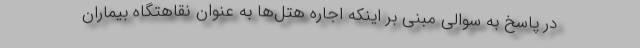
در پاسخ به سوالی مبنی بر اینکه اجاره هتل‌ها به عنوان نقاهتگاه بیماران